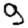
Digit: 9